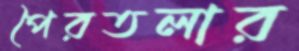
পৈরতলার